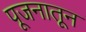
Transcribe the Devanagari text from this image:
पूजनातून